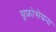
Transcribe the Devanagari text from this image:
यूफ्रोसेयना